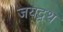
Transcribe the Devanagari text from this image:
जयद्र्थ